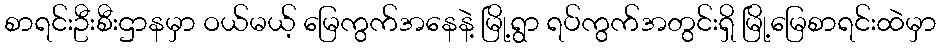
စာရင်းဦးစီးဌာနမှာ ဝယ်မယ့် မြေကွက်အနေနဲ့ မြို့ရွာ ရပ်ကွက်အတွင်းရှိ မြို့မြေစာရင်းထဲမှာ